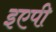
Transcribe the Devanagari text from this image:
इएपी